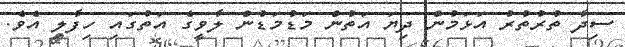
ސިދާ ތުރުތުރު އަޅަމުން ދިޔަ އަތުން މަޑުމަޑުން ލާވީގެ އަތުގައި ހިފާލި އެވެ.